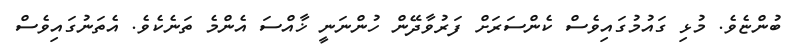
ބުންޏެވެ. މުޅި ގައުމުގައިވެސް ކެންސަރަށް ފަރުވާދޭން ހުންނަނީ ޚާއްސަ އެންމެ ތަނެކެވެ. އެތަނުގައިވެސް